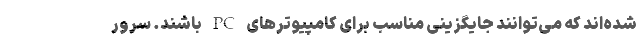
شده‌اند که می‌توانند جایگزینی مناسب برای کامپیوترهای PC باشند. سرور